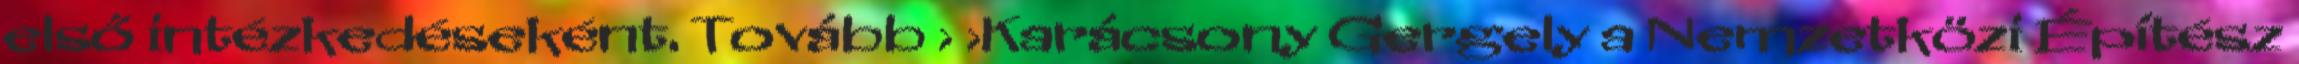
első intézkedéseként. Tovább › ›Karácsony Gergely a Nemzetközi Építész